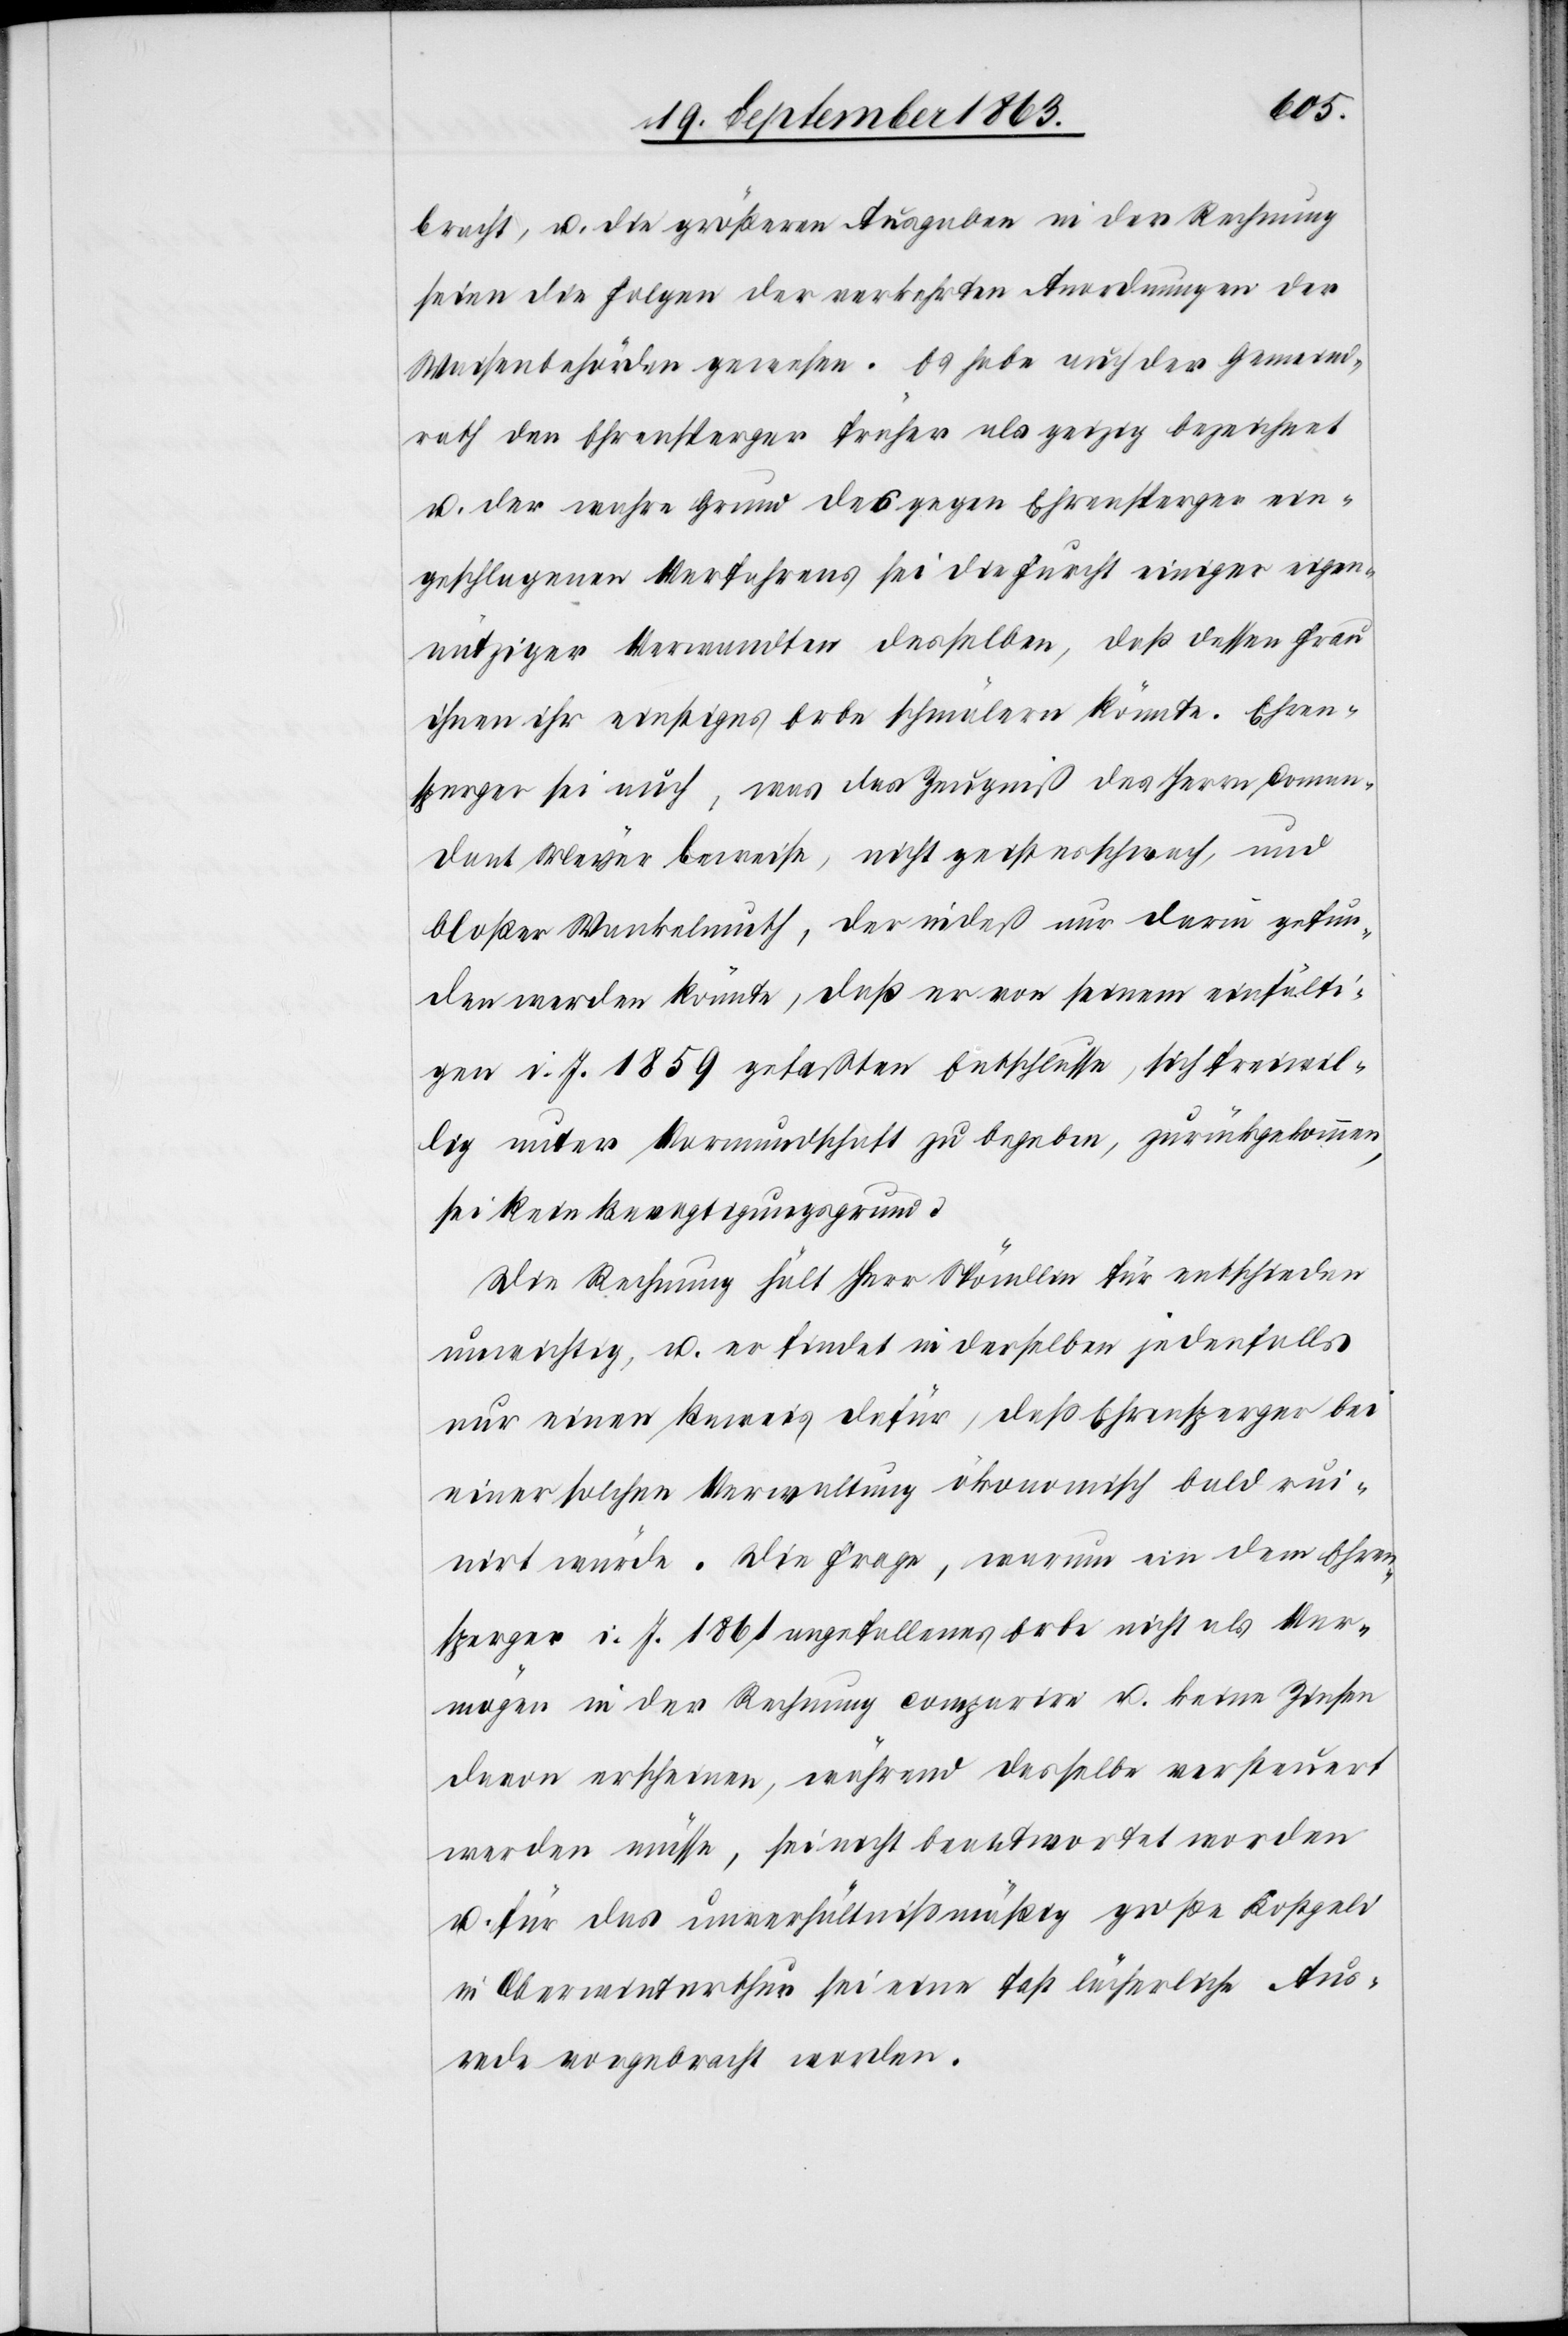
bracht, u. die größeren Ausgaben in der Rechnung
seien die Folgen der verkehrten Anordnungen der
Waisenbehörden gewesen. Es habe auch der Gemeind¬
rath den Ehrensperger früher als geizig bezeichnet
u. der wahre Grund des gegen Ehrensperger ein¬
geschlagenen Verfahrens sei die Furcht einiger eigen¬
nütziger Verwandten desselben, daß dessen Frau
ihnen ihr einstiges Erbe schmälern könnte. Ehrens¬
perger sei auch, was das Zeugniß des Herrn Coman¬
dant Meyer beweise, nicht geistesschwach, und
bloßer Wankelmuth, der indeß nur darin gefun¬
den werden könnte, daß er von seinem einfälti¬
gen i. J. 1859 gefaßten Entschlusse, sich freiwil¬
lig unter Vormundschaft zu begeben, zurückgekommen,
sei kein Bevogtigungsgrund.
Die Rechnung hält Herr Spöndlin für entschieden
unwichtig, u. er findet in derselben jedenfalls
nur einen Beweis dafür, daß Ehrensperger bei
einer solchen Verwaltung ökonomisch bald rui¬
nirt würde. Die Frage, warum ein dem Ehren¬
sperger i. J. 1861 angefallenes Erbe nicht als Ver¬
mögen in der Rechnung comparire u. keine Zinsen
davon erscheinen, während dasselbe versteuert
werden müsse, sei nicht beantwortet worden
u. für das unverhältnißmäßig große Kostgeld
in Oberwinterthur sei eine fast lächerliche Aus¬
rede vorgebracht worden.